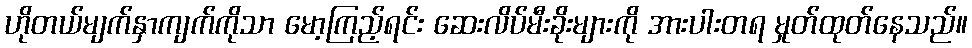
ဟိုတယ်မျက်နှာကျက်ကိုသာ မော့ကြည့်ရင်း ဆေးလိပ်မီးခိုးများကို အားပါးတရ မှုတ်ထုတ်နေသည်။